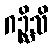
ဂဉ္ဆိသိ